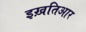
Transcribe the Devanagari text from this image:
इख़तिआर